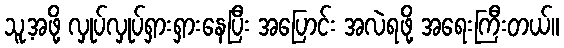
သူ့အဖို့ လှုပ်လှုပ်ရှားရှားနေပြီး အပြောင်း အလဲရဖို့ အရေးကြီးတယ်။